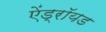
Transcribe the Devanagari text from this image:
ऐंड्रॉयड